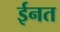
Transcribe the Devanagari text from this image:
ईनत